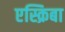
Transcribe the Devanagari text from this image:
एस्क्रिबा